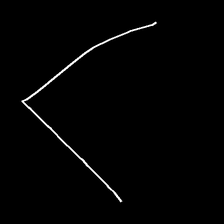
Glyph: region